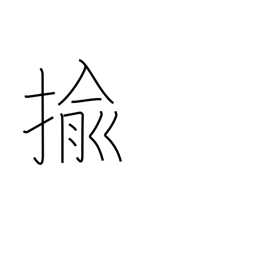
Meaning: pull